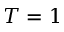
T = 1